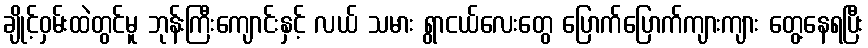
ချိုင့်ဝှမ်းထဲတွင်မူ ဘုန်းကြီးကျောင်းနှင့် လယ် သမား ရွာငယ်လေးတွေ ပြောက်ပြောက်ကျားကျား တွေ့နေရပြီး